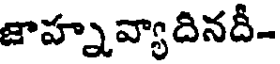
జాహ్నవ్యాదినదీ-